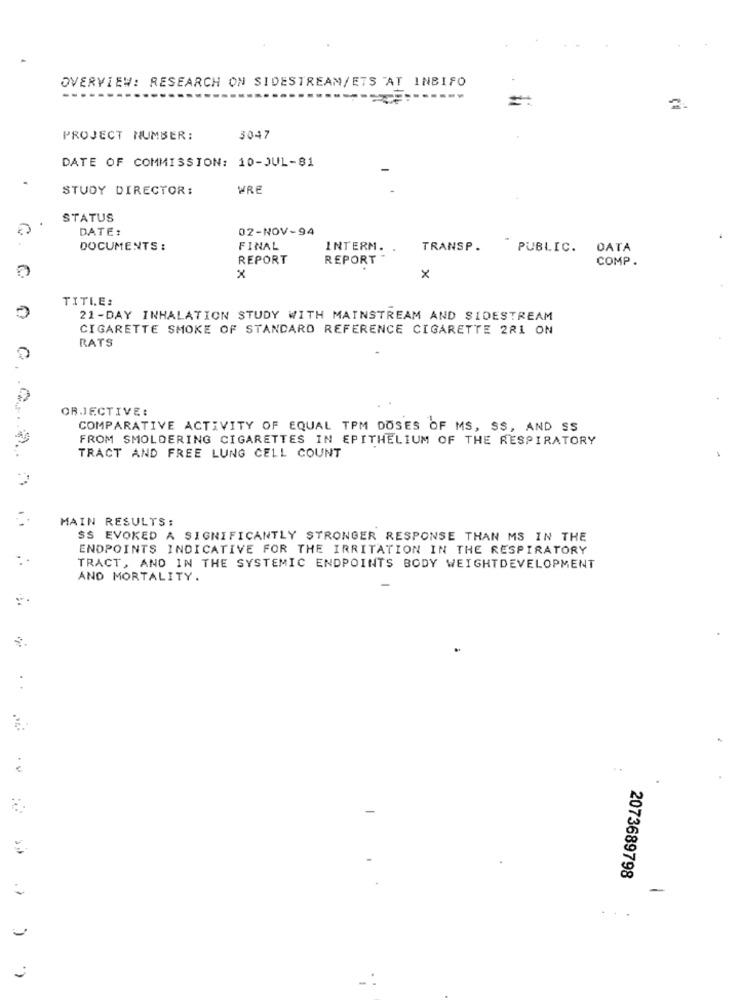
OVERVIEW: RESEARCH ON SIDESTREAM/ETS AT INBIFO
-------
----
PROJECT NUMBER:
3047
DATE OF COMMISSION: 10-JUL-81
STUDY DIRECTOR:
WRE
STATUS
DATE:
02-NOV-94
DOCUMENTS :
FINAL
INTERM. .
TRANSP .
PUBLIC.
DATA
REPORT
REPORT
COMP .
x
×
TITLE:
21-DAY INHALATION STUDY WITH MAINSTREAM AND SIDESTREAM
CIGARETTE SMOKE OF STANDARD REFERENCE CIGARETTE 2RI ON
RATS
OBJECTIVE:
COMPARATIVE ACTIVITY OF EQUAL TPM DOSES OF MS, SS, AND SS
FROM SMOLDERING CIGARETTES IN EPITHELIUM OF THE RESPIRATORY
TRACT AND FREE LUNG CELL COUNT
MAIN RESULTS:
SS EVOKED A SIGNIFICANTLY STRONGER RESPONSE THAN MS IN THE
ENDPOINTS INDICATIVE FOR THE IRRITATION IN THE RESPIRATORY
TRACT, AND IN THE SYSTEMIC ENDPOINTS BODY WEIGHTDEVELOPMENT
AND MORTALITY.
. .
2073689798
-